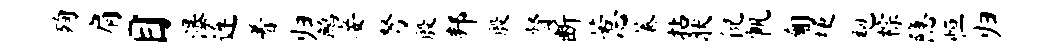
殉肩目瀑连着归鹧妾弩殷邦殷督断惹蓁拈状倪帆匍梗袍棕隐恒归